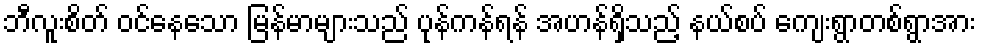
ဘီလူးစိတ် ဝင်နေသော မြန်မာများသည် ပုန်ကန်ရန် အဟန်ရှိသည့် နယ်စပ် ကျေးရွာတစ်ရွာအား